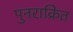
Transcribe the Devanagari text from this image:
पुनराक्रित